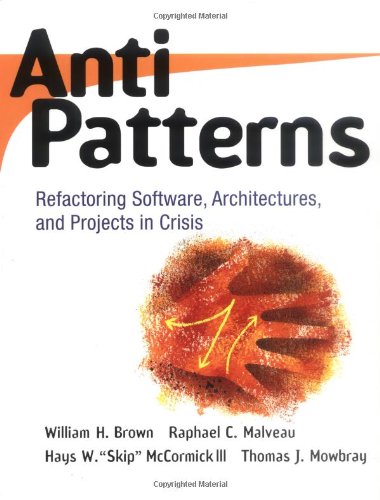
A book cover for AntiPatterns: Refactoring Software, Architectures, and Projects in Crisis; William J. Brown; Test Preparation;